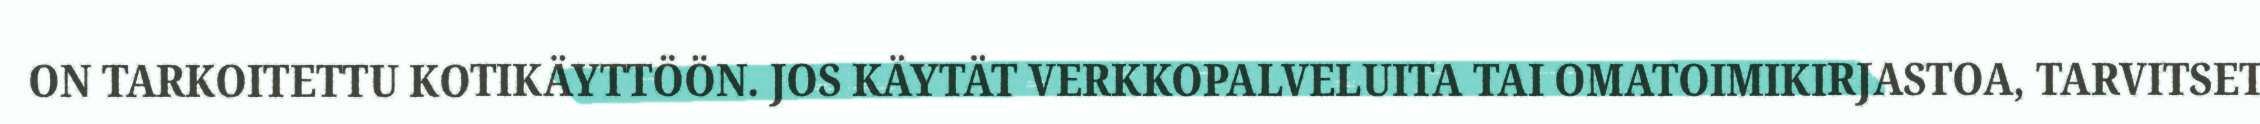
ON TARKOITETTU KOTIKÄYTTÖÖN. JOS KÄYTÄT VERKKOPALVELUITA TAI OMATOIMIKIRJASTOA, TARVITSET